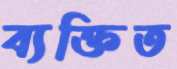
ব্যক্তিত